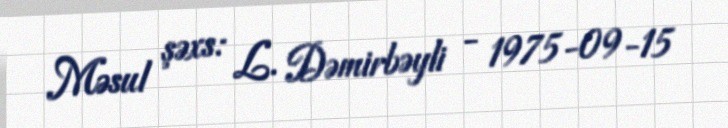
Məsul şəxs: L. Dəmirbəyli - 1975-09-15